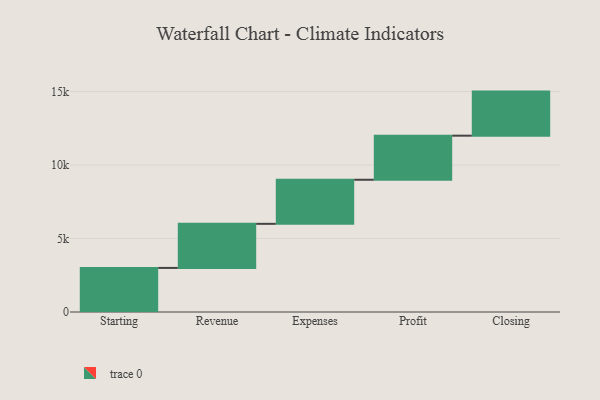
{"axis": {"x": "Step", "y": "Value"}, "legend": [""], "data": [{"x": "Starting", "y": 3000, "type": ""}, {"x": "Revenue", "y": 3000, "type": ""}, {"x": "Expenses", "y": 3000, "type": ""}, {"x": "Profit", "y": 3000, "type": ""}, {"x": "Closing", "y": 3000, "type": ""}]}